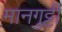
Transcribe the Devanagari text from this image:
मानगुट्टी